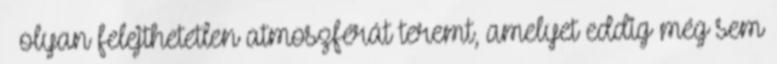
olyan felejthetetlen atmoszférát teremt, amelyet eddig még sem